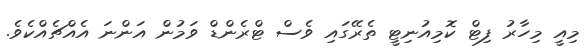
މިއީ މިހާރު ފިޓް ކޮމިއުނިޓީ ތެރޭގައި ވެސް ޓްރެންޑް ވަމުން އަންނަ އެއްޗެއްކެވެ.